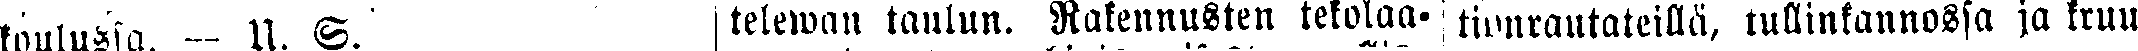
koulussa. - U. S.  telewan taulun. Rakennusten tekolaa-  tionrautateillä, tullinkannossa ja kruu